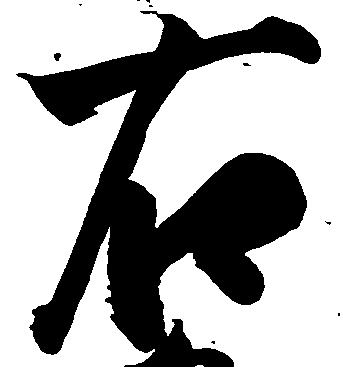
右